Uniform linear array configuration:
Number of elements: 48
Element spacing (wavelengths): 0.5
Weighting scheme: binomial
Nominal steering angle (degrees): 15
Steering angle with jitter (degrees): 14.605
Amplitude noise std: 0.05
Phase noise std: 0.05

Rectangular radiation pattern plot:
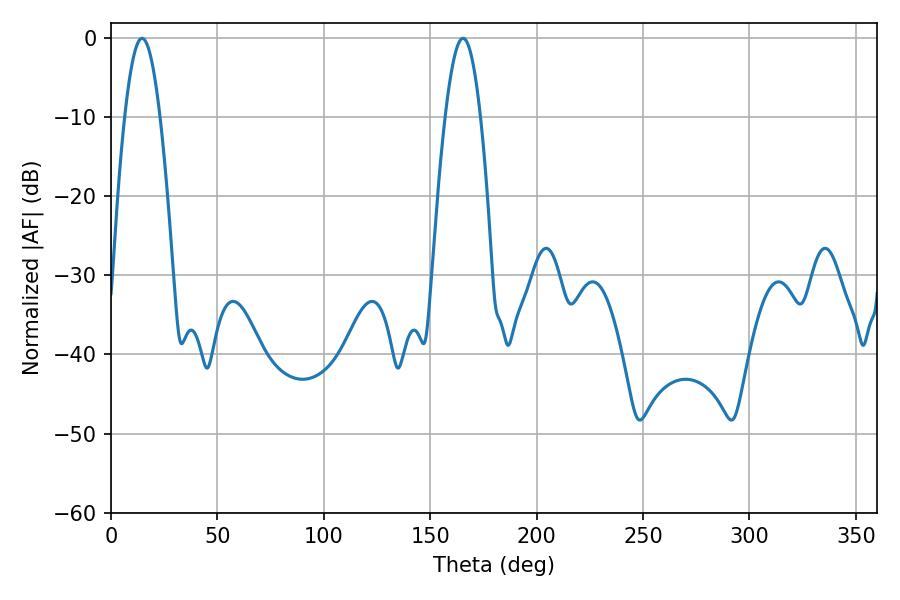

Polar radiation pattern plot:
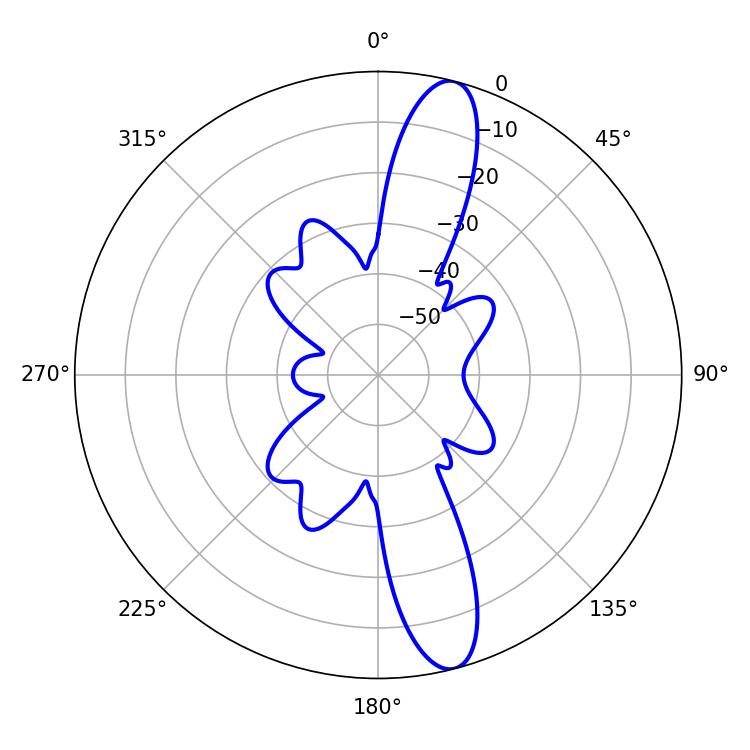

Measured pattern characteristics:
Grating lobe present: FALSE
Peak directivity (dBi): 13.696
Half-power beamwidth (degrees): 9
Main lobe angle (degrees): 14.58